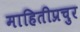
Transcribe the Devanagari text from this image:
माहितीप्रचुर